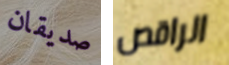
صديقان الراقص